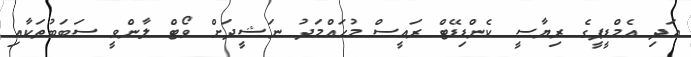
އަދި އެމްޑީޕީގެ ރިޔާސީ ކެންޑިޑޭޓް ރައީސް މުހައްމަދު ނަޝީދަށް ވޯޓް ލާންވީ ސަބަބުތަކާއި